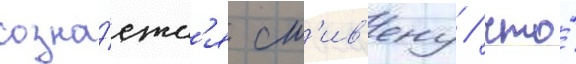
созна́етс'я ст'ив'ену / что́